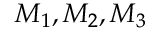
M _ { 1 } , M _ { 2 } , M _ { 3 }